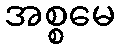
အစ္စမေ